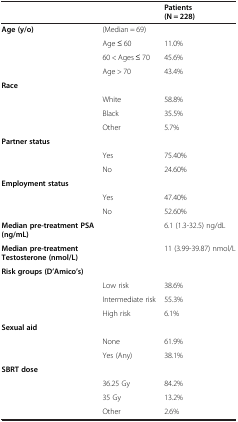
<table><thead><tr><td><b> </b></td><td><b> </b></td><td><b>Patients (N = 228)</b></td></tr></thead><tbody><tr><td><b>Age (y/o)</b></td><td>(Median = 69)</td><td> </td></tr><tr><td> </td><td>Age ≤ 60</td><td>11.0%</td></tr><tr><td> </td><td>60 &lt; Ages ≤ 70</td><td>45.6%</td></tr><tr><td> </td><td>Age &gt; 70</td><td>43.4%</td></tr><tr><td><b>Race</b></td><td> </td><td> </td></tr><tr><td> </td><td>White</td><td>58.8%</td></tr><tr><td> </td><td>Black</td><td>35.5%</td></tr><tr><td> </td><td>Other</td><td>5.7%</td></tr><tr><td><b>Partner status</b></td><td> </td><td> </td></tr><tr><td> </td><td>Yes</td><td>75.40%</td></tr><tr><td> </td><td>No</td><td>24.60%</td></tr><tr><td><b>Employment status</b></td><td> </td><td> </td></tr><tr><td> </td><td>Yes</td><td>47.40%</td></tr><tr><td> </td><td>No</td><td>52.60%</td></tr><tr><td><b>Median pre-treatment PSA (ng/mL)</b></td><td> </td><td>6.1 (1.3-32.5) ng/dL</td></tr><tr><td><b>Median pre-treatment Testosterone (nmol/L)</b></td><td> </td><td>11 (3.99-39.87) nmol/L</td></tr><tr><td><b>Risk groups (D’Amico’s)</b></td><td> </td><td> </td></tr><tr><td> </td><td>Low risk</td><td>38.6%</td></tr><tr><td> </td><td>Intermediate risk</td><td>55.3%</td></tr><tr><td> </td><td>High risk</td><td>6.1%</td></tr><tr><td><b>Sexual aid</b></td><td> </td><td> </td></tr><tr><td> </td><td>None</td><td>61.9%</td></tr><tr><td> </td><td>Yes (Any)</td><td>38.1%</td></tr><tr><td><b>SBRT dose</b></td><td> </td><td> </td></tr><tr><td> </td><td>36.25 Gy</td><td>84.2%</td></tr><tr><td> </td><td>35 Gy</td><td>13.2%</td></tr><tr><td> </td><td>Other</td><td>2.6%</td></tr></tbody></table>